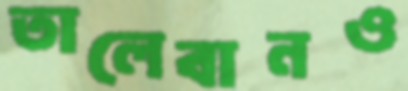
তালেবানও